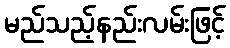
မည်သည့်နည်းလမ်းဖြင့်